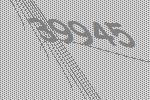
39945